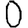
Digit: 0